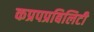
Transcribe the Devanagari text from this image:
कप्रपप्रबिलिटी